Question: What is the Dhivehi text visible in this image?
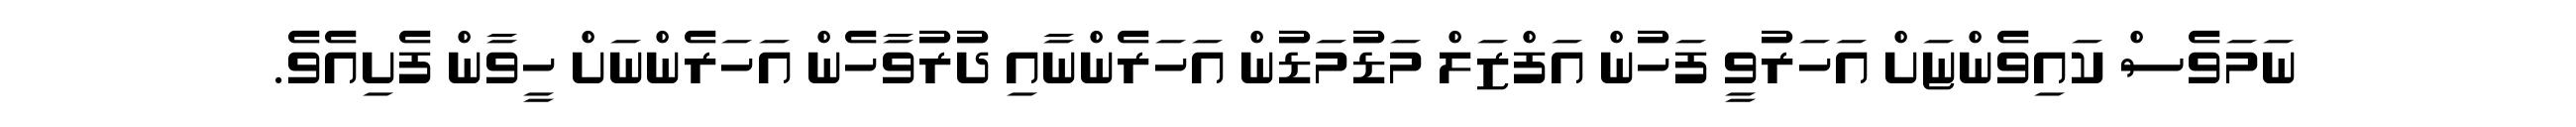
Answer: ނަމަވެސް ކައިވެންޏަށް އަހަރުވީ ފަހުން އަފްޒަލް މަޑުމަޑުން އަހަރެންނާއި ދުރުވާހެން އަހަރެންނަށް ހީވާން ފެށިއެވެ.